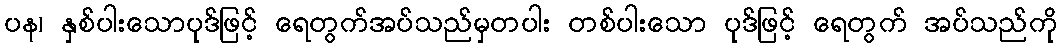
ပန၊ နှစ်ပါးသောပုဒ်ဖြင့် ရေတွက်အပ်သည်မှတပါး တစ်ပါးသော ပုဒ်ဖြင့် ရေတွက် အပ်သည်ကို